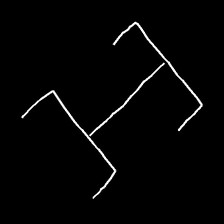
Glyph: entwine